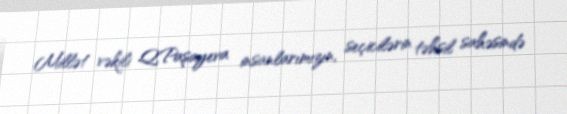
Millət vəkili Q.Paşayeva insanlarımızın, seçicilərin təhsil sahəsində